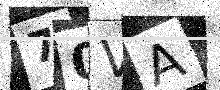
Text: 70VA